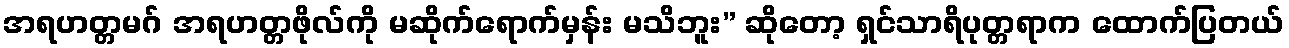
အရဟတ္တမဂ် အရဟတ္တဖိုလ်ကို မဆိုက်ရောက်မှန်း မသိဘူး” ဆိုတော့ ရှင်သာရိပုတ္တရာက ထောက်ပြတယ်